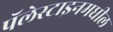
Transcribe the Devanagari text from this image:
पॅलेस्टाइनमधील